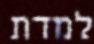
למדת